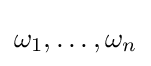
\omega _{1},\ldots ,\omega _{n}